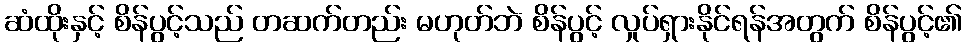
ဆံထိုးနှင့် စိန်ပွင့်သည် တဆက်တည်း မဟုတ်ဘဲ စိန်ပွင့် လှုပ်ရှားနိုင်ရန်အတွက် စိန်ပွင့်၏